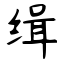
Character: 缉